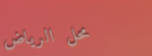
محل الرياض